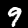
Label: 9